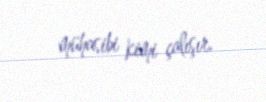
mühasibi kimi çalışır.